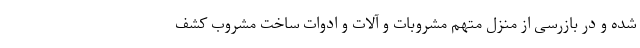
شده و در بازرسی از منزل متهم مشروبات و آلات و ادوات ساخت مشروب کشف